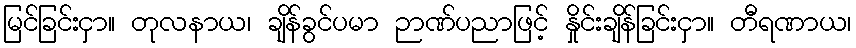
မြင်ခြင်းငှာ။ တုလနာယ၊ ချိန်ခွင်ပမာ ဉာဏ်ပညာဖြင့် နှိုင်းချိန်ခြင်းငှာ။ တီရဏာယ၊